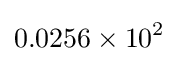
0.0256\times 10^{2}